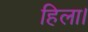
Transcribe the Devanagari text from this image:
हिला।